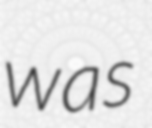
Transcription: was